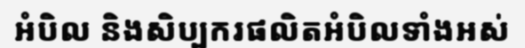
អំបិល និងសិប្បករផលិតអំបិលទាំងអស់